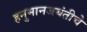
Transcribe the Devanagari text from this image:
हनुमानजयंतीचे